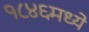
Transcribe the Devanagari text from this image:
१८४६मध्ये